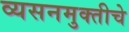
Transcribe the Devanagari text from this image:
व्यसनमुक्‍तीचे